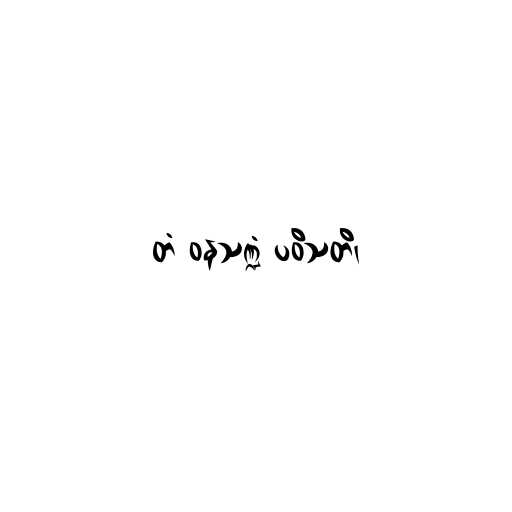
တံ ဝနသဏ္ဍံ ပဝိသတိ၊